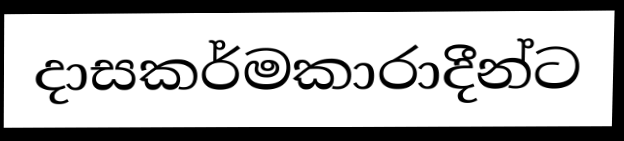
දාසකර්මකාරාදීන්ට